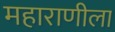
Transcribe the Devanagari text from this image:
महाराणीला